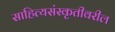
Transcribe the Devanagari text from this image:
साहित्यसंस्कृतीवरील